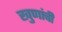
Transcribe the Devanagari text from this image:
खुणांची